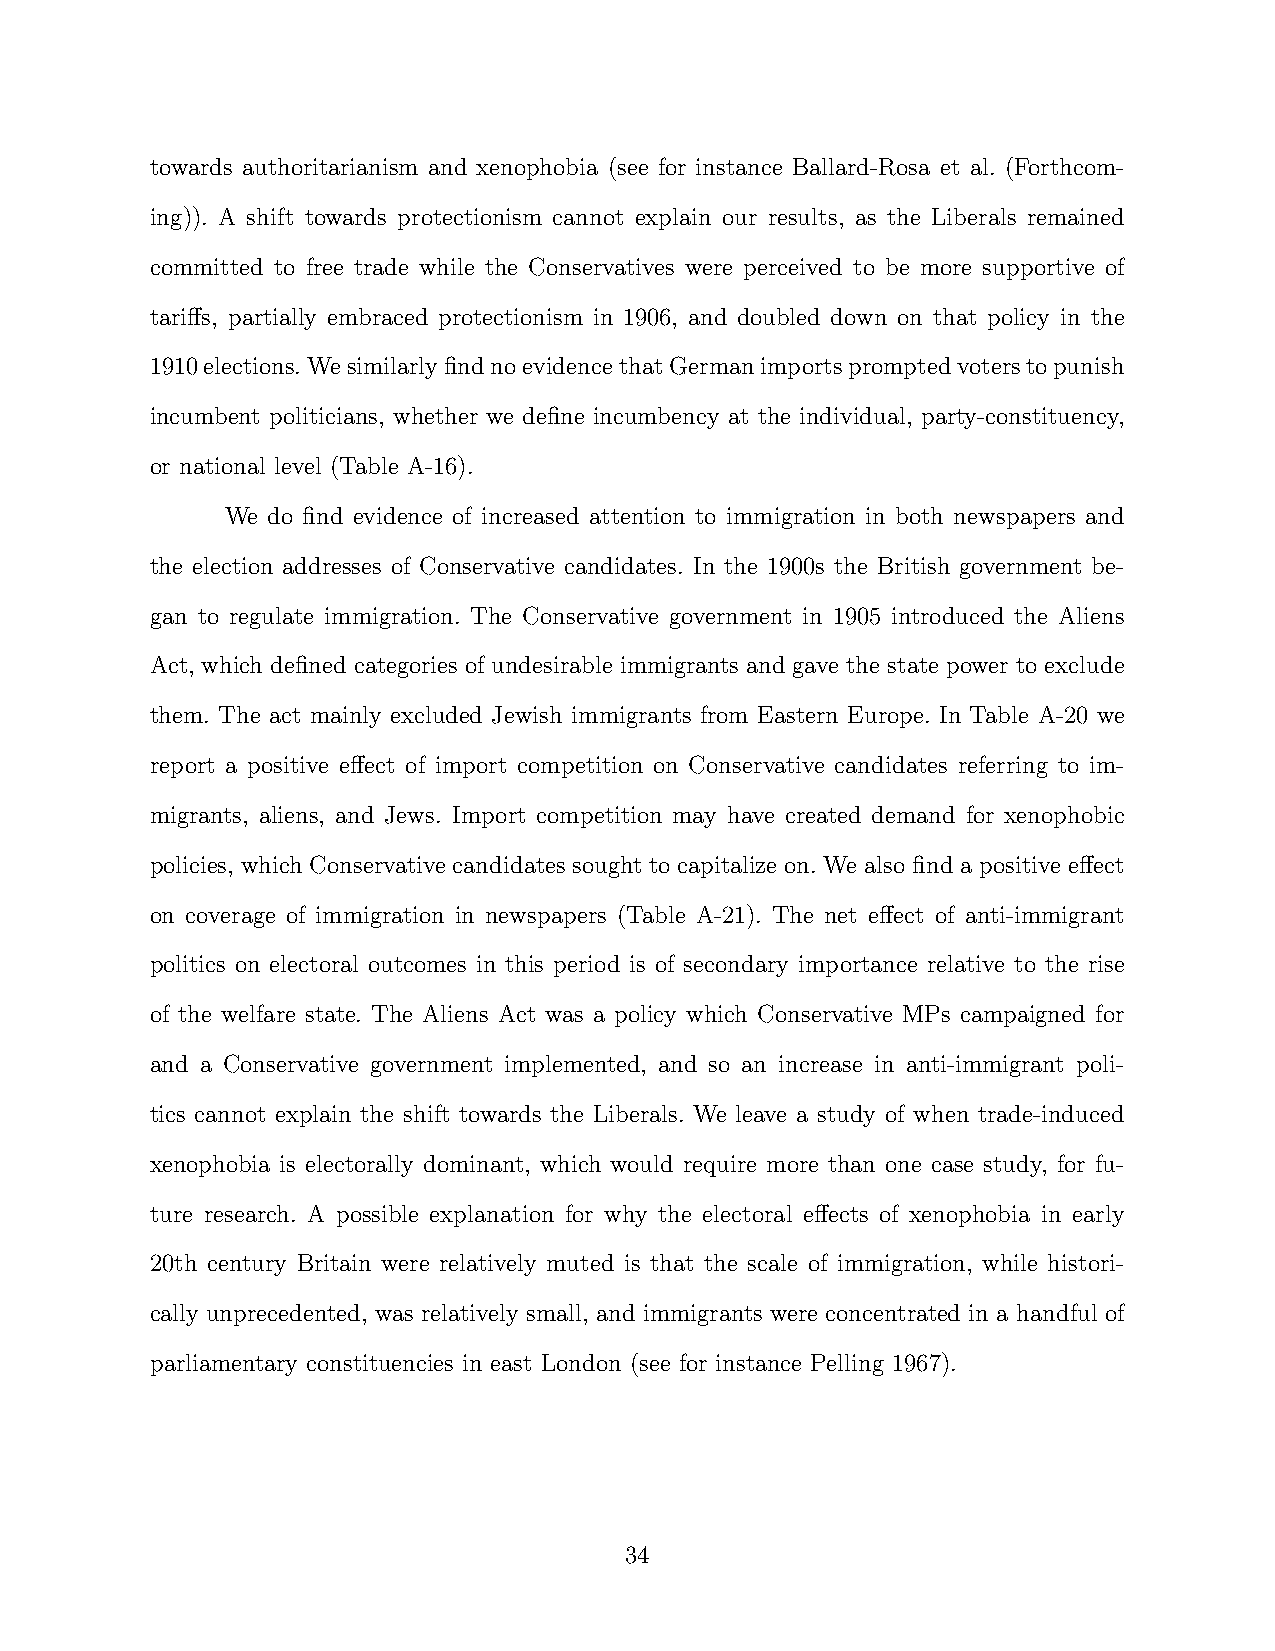
towards authoritarianism and xenophobia (see for instance Ballard-Rosa et al. (Forthcom-
 ing)). A shift towards protectionism cannot explain our results, as the Liberals remained
 committed to free trade while the Conservatives were perceived to be more supportive of
 tariffs, partially embraced protectionism in 1906, and doubled down on that policy in the
 1910elections.WesimilarlyfindnoevidencethatGermanimportspromptedvoterstopunish
 incumbent politicians, whether we define incumbency at the individual, party-constituency,
 or national level (Table A-16).
 We do find evidence of increased attention to immigration in both newspapers and
 the election addresses of Conservative candidates. In the 1900s the British government be-
 gan to regulate immigration. The Conservative government in 1905 introduced the Aliens
 Act, which defined categories of undesirable immigrants and gave the state power to exclude
 them. The act mainly excluded Jewish immigrants from Eastern Europe. In Table A-20 we
 report a positive effect of import competition on Conservative candidates referring to im-
 migrants, aliens, and Jews. Import competition may have created demand for xenophobic
 policies, which Conservative candidates sought to capitalize on. We also find a positive effect
 on coverage of immigration in newspapers (Table A-21). The net effect of anti-immigrant
 politics on electoral outcomes in this period is of secondary importance relative to the rise
 of the welfare state. The Aliens Act was a policy which Conservative MPs campaigned for
 and a Conservative government implemented, and so an increase in anti-immigrant poli-
 tics cannot explain the shift towards the Liberals. We leave a study of when trade-induced
 xenophobia is electorally dominant, which would require more than one case study, for fu-
 ture research. A possible explanation for why the electoral effects of xenophobia in early
 20th century Britain were relatively muted is that the scale of immigration, while histori-
 cally unprecedented, was relatively small, and immigrants were concentrated in a handful of
 parliamentary constituencies in east London (see for instance Pelling 1967).
 34